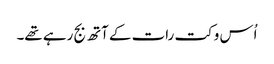
اُس وکت رات کے آتھ بج رہے تھے۔